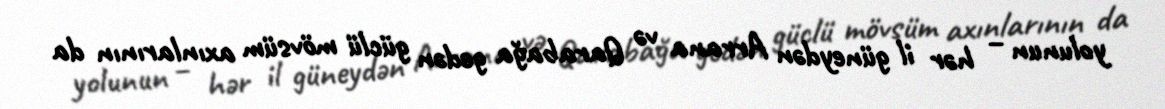
yolunun – hər il güneydən Arrana və Qarabağa gedən güclü mövsüm axınlarının da